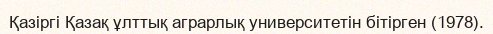
Қазіргі Қазақ ұлттық аграрлық университетiн бiтiрген (1978).